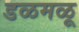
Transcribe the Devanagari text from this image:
डळमळू